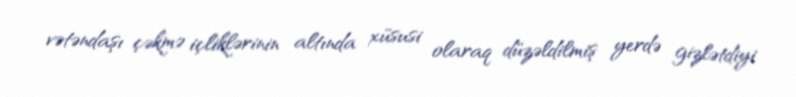
vətəndaşı çəkmə içliklərinin altında xüsusi olaraq düzəldilmiş yerdə gizlətdiyi